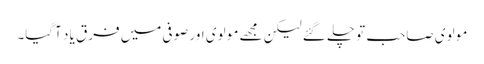
مو لوی صاحب تو چلے گئے لیکن مجھے مو لوی اور صوفی میں فرق یا د آگیا۔